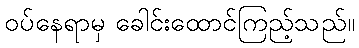
ဝပ်နေရာမှ ခေါင်းထောင်ကြည့်သည်။